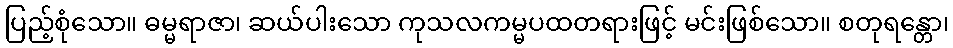
ပြည့်စုံသော။ ဓမ္မရာဇာ၊ ဆယ်ပါးသော ကုသလကမ္မပထတရားဖြင့် မင်းဖြစ်သော။ စတုရန္တော၊